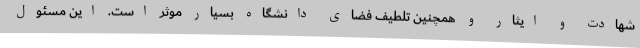
شهادت و ایثار و همچنین تلطیف فضای دانشگاه بسیار موثر است. این مسئول